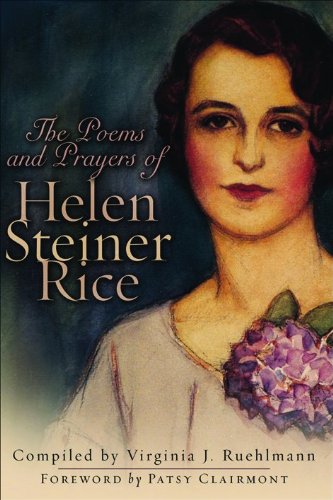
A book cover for The Poems and Prayers of Helen Steiner Rice; Helen Steiner Rice; Christian Books & Bibles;